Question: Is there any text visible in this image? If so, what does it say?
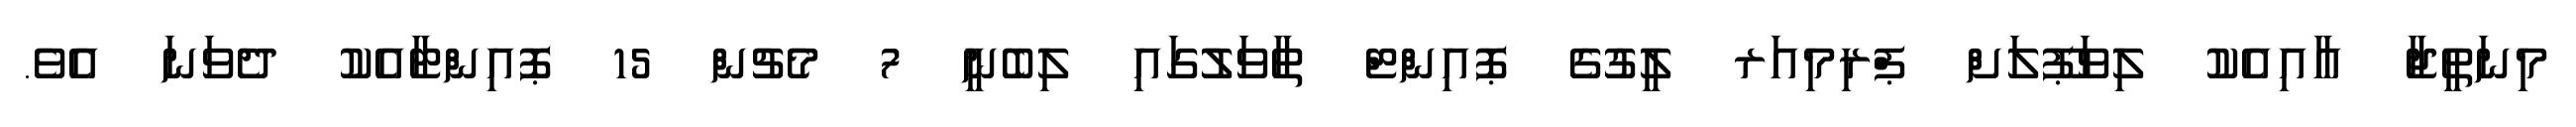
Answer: މިނަތީޖާ އާއިއެކު ލިވަޕޫލަށް ޕްރިމިއަރ ލީގުގެ ޕޮއިންޓް ތާވަލުގައި ލިބެނީ 7 މެޗުން 15 ޕޮއިންޓާއެކު ދެވަނަ އެވެ.